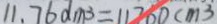
1 1 . 7 6 0 d m ^ { 3 } = 1 1 7 6 0 c m ^ { 3 }